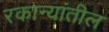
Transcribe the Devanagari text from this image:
रकान्यांतील